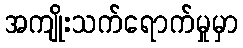
အကျိုးသက်ရောက်မှုမှာ